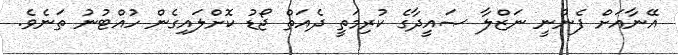
އޭނާއަށް ފެނުނީ ނަޒްލާ ޞައީދާގެ ކުރިމަތީ ދެއަތް ޖޯޑު ކޮށްލައިގެން ހުއްޓުނު ތަނެވެ.